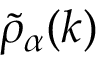
\widetilde { \rho } _ { \alpha } ( \boldsymbol { k } )